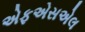
એફએસએલ